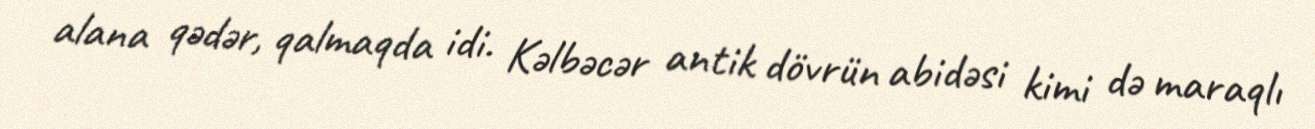
alana qədər, qalmaqda idi. Kəlbəcər antik dövrün abidəsi kimi də maraqlı